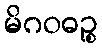
မိဂဝဓဉ္စ